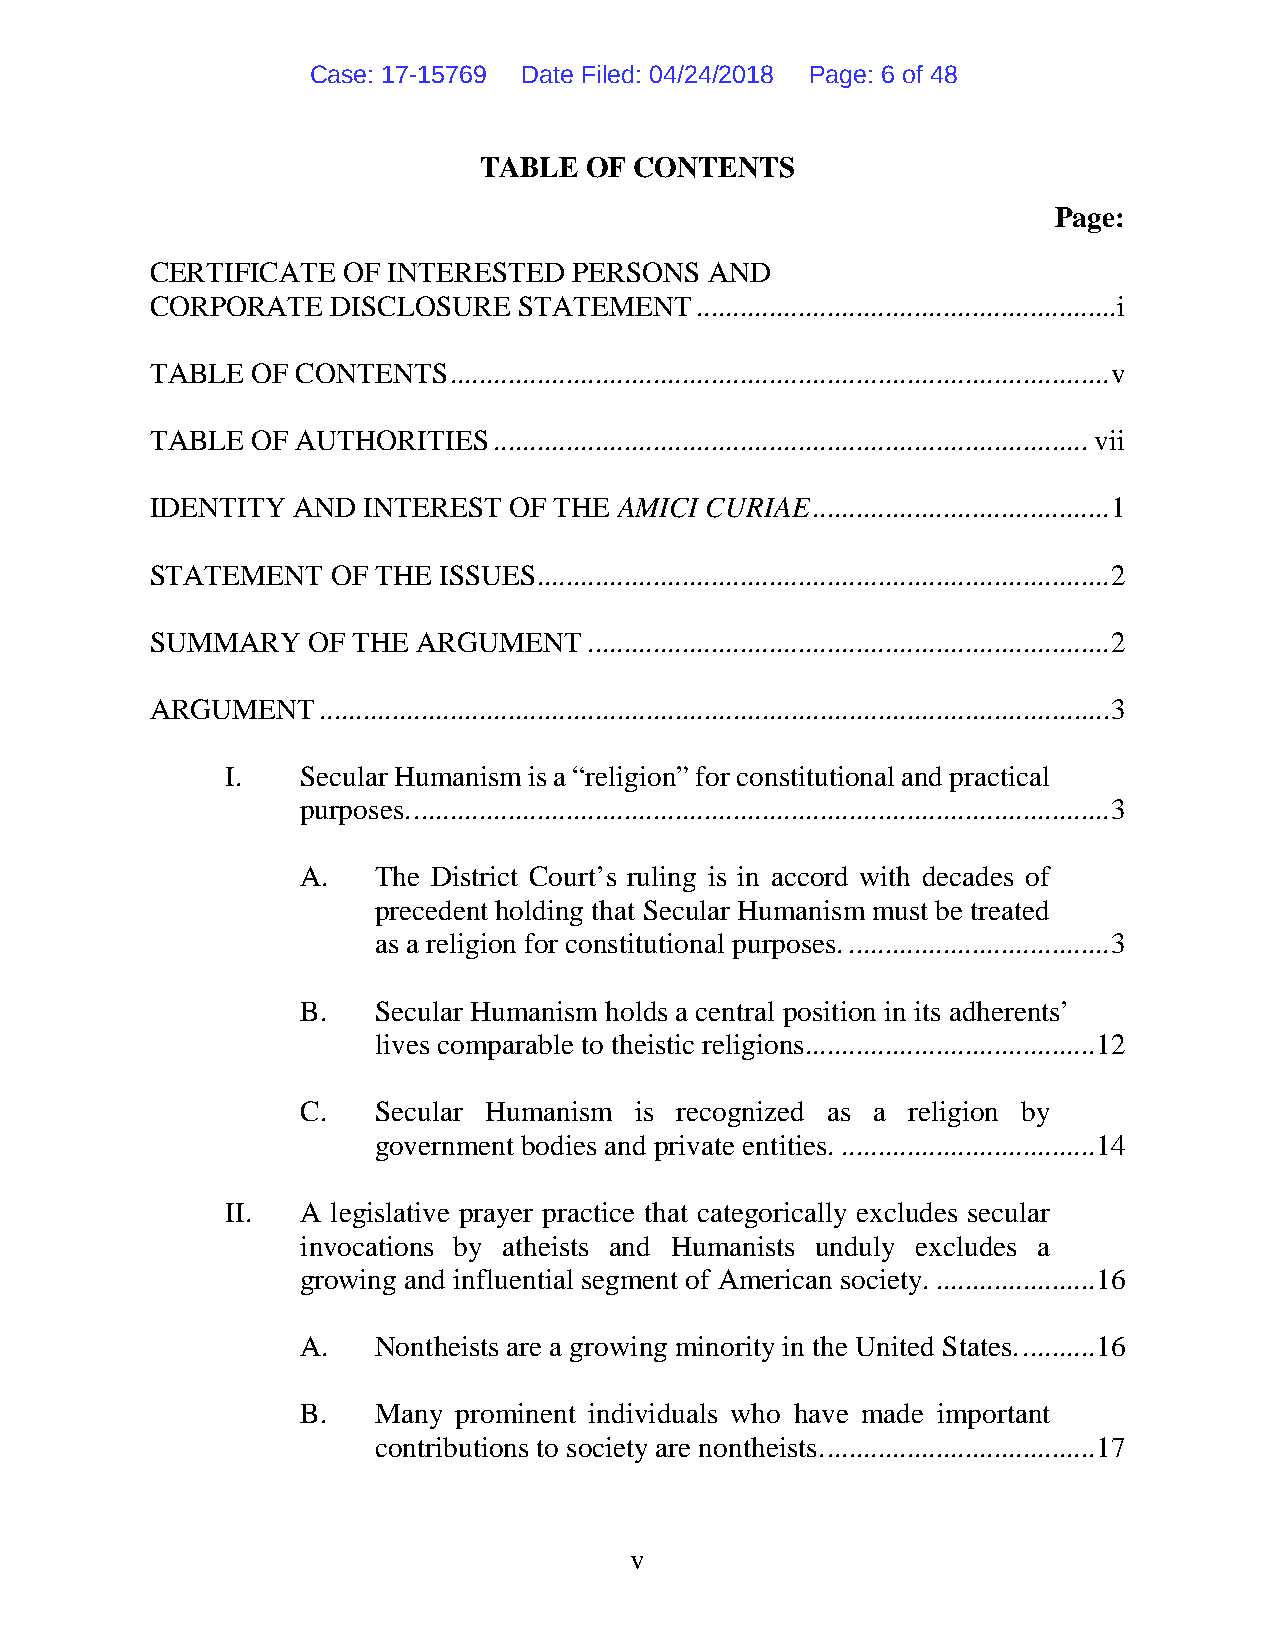
Case: 17-15769 Date Filed: 04/24/2018 Page: 6 of 48
 TABLE  OF CONTENTS
 Page:
 CERTIFICATE  OF INTERESTED  PERSONS  AND
 CORPORATE   DISCLOSURE  STATEMENT   .......................................................... i
 TABLE  OF CONTENTS  ........................................................................................... v
 TABLE  OF AUTHORITIES  .................................................................................. vii
 IDENTITY AND  INTEREST  OF THE AMICI CURIAE ......................................... 1
 STATEMENT   OF THE ISSUES............................................................................... 2
 SUMMARY   OF THE  ARGUMENT   ........................................................................ 2
 ARGUMENT   ............................................................................................................. 3
 I.   Secular Humanism is a “religion” for constitutional and practical
 purposes. ................................................................................................ 3
 A.   The District Court’s ruling is in accord with decades of
 precedent holding that Secular Humanism must be treated
 as a religion for constitutional purposes. .................................... 3
 B.   Secular Humanism holds a central position in its adherents’
 lives comparable to theistic religions ........................................ 12
 C.   Secular Humanism is recognized as a religion by
 government bodies and private entities. ................................... 14
 II.  A legislative prayer practice that categorically excludes secular
 invocations by atheists and Humanists unduly excludes a
 growing and influential segment of American society. ...................... 16
 A.   Nontheists are a growing minority in the United States. .......... 16
 B.   Many prominent individuals who have made important
 contributions to society are nontheists. ..................................... 17
 v